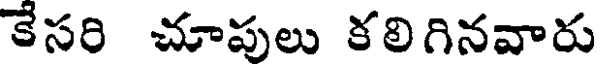
కేసరి చూపులు కలిగినవారు